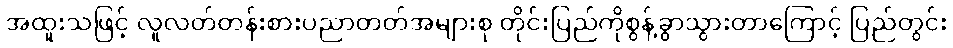
အထူးသဖြင့် လူလတ်တန်းစားပညာတတ်အများစု တိုင်းပြည်ကိုစွန့်ခွာသွားတာကြောင့် ပြည်တွင်း